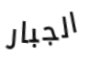
الجبار